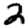
Digit: 2